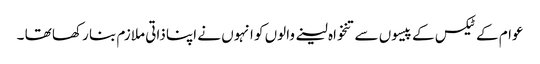
عوام کے ٹیکس کے پیسوں سے تنخواہ لینے والوں کو انہوں نے اپنا ذاتی ملازم بنا رکھا تھا ۔